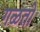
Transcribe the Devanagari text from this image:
गळतो